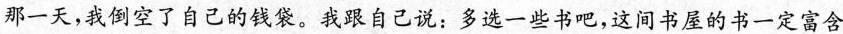
那一天，我倒空了自己的钱袋。我跟自己说：多选一些书吧，这间书屋的书一定富含